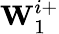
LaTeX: \textbf{W}_{1}^{i+}